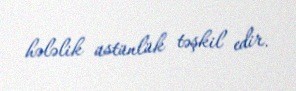
hələlik üstünlük təşkil edir.